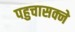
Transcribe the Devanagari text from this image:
पहुचासक्ने